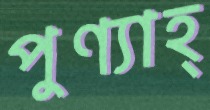
পুণ্যাহ্